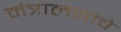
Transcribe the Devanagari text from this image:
मंत्रालयांचे